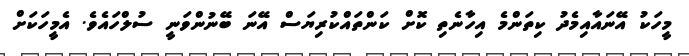
މީހަކު އޭނައާއިމެދު ކިތަންމެ އިހާނެތި ކޮށް ކަންތައްކުރިޔަސް އޭނަ ބޭނުންވަނީ ސުލްހައެވެ. އެމީހަކަށް